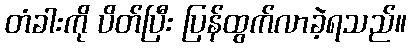
တံခါးကို ပိတ်ပြီး ပြန်ထွက်လာခဲ့ရသည်။